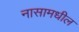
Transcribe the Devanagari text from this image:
नासामधील